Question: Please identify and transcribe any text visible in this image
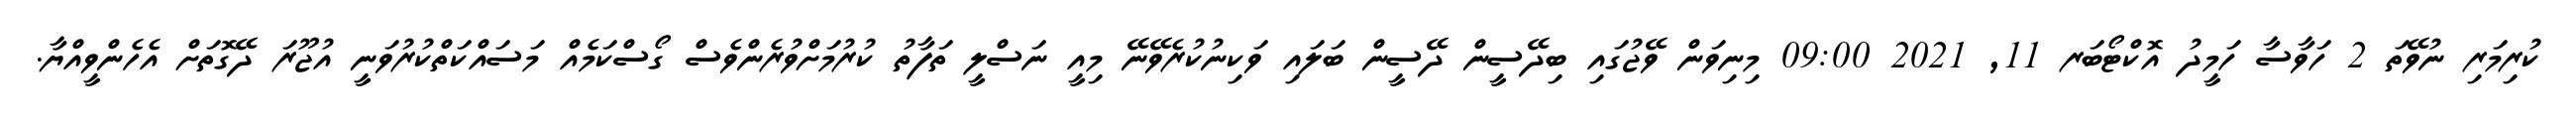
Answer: ކުރިމަރި ނުވޭތަ 2 ހަވާސާ ހަމީދު އޮކްޓޯބަރ 11, 2021 09:00 މިނިވަން ވޭޖުގައި ބިދޭސީން ދޭސީން ބަލައި ވަކިނުކުރެވޭނޭ މިއީ ނަސްލީ ތަފާތު ކުރުމަށްވުރެންވެސް ގޯސްކަމެއް މަސައްކަތްކުރުވަނީ އުޖޫރަ ދޭގޮތަށް އެހެންވީއްޔާ.